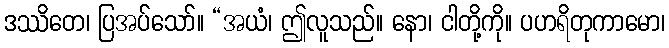
ဒဿိတေ၊ ပြအပ်သော်။ “အယံ၊ ဤလူသည်။ နော၊ ငါတို့ကို။ ပဟရိတုကာမော၊